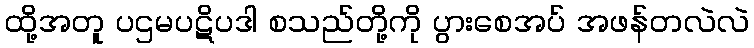
ထို့အတူ ပဌမပဋိပဒါ စသည်တို့ကို ပွားစေအပ် အဖန်တလဲလဲ